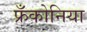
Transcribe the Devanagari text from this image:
फ्रँकोनिया